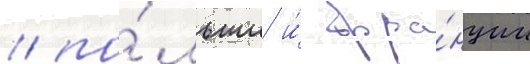
/ по́льши и́ фра́нции